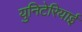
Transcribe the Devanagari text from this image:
युनिटेरियाई